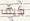
كيف